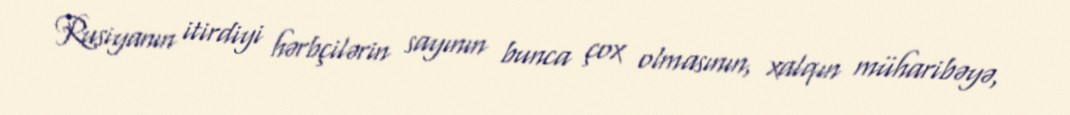
Rusiyanın itirdiyi hərbçilərin sayının bunca çox olmasının, xalqın müharibəyə,